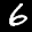
Label: 6